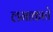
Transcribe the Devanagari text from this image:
लमाकाचे